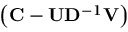
\left( \mathbf { C } - \mathbf { U } \mathbf { D } ^ { - 1 } \mathbf { V } \right)